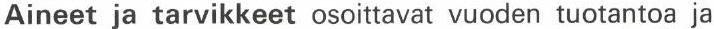
Aineet ja tarvikkeet osoittavat vuoden tuotantoa ja